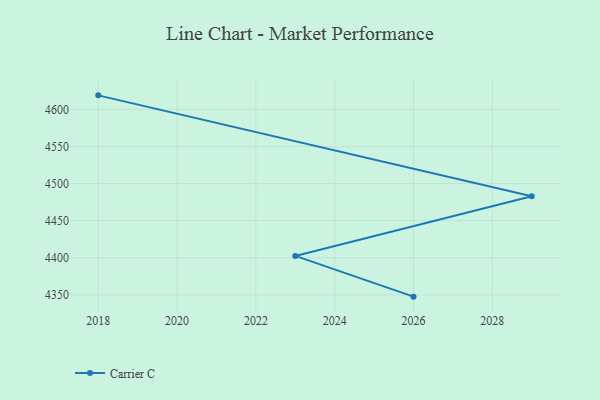
{"axis": {"x": "Year", "y": "Waste Production (Tons)"}, "legend": ["Carrier C"], "data": [{"x": "2026", "y": 4347.6, "type": "Carrier C"}, {"x": "2023", "y": 4402.5, "type": "Carrier C"}, {"x": "2029", "y": 4483.0, "type": "Carrier C"}, {"x": "2018", "y": 4618.9, "type": "Carrier C"}]}